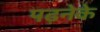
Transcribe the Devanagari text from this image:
पढ़नेके